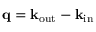
{ \bf q } = { \bf k } _ { \mathrm { o u t } } - { \bf k } _ { \mathrm { i n } }